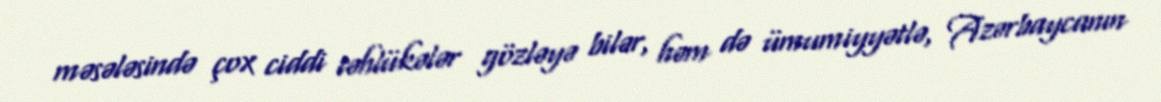
məsələsində çox ciddi təhlükələr gözləyə bilər, həm də ümumiyyətlə, Azərbaycanın